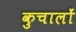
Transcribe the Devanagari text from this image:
कुचालों